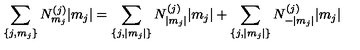
\sum _ { \{ j , m _ { j } \} } N _ { m _ { j } } ^ { ( j ) } | m _ { j } | = \sum _ { \{ j , | m _ { j } | \} } N _ { | m _ { j } | } ^ { ( j ) } | m _ { j } | + \sum _ { \{ j , | m _ { j } | \} } N _ { - | m _ { j } | } ^ { ( j ) } | m _ { j } |